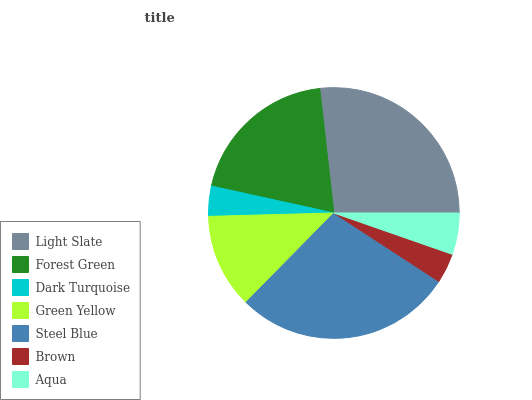
| Light Slate | Forest Green | Dark Turquoise | Green Yellow | Steel Blue | Brown | Aqua |
 | --- | --- | --- | --- | --- | --- | --- |
 | 26.8% | 19.8% | 3.87% | 12.2% | 28.2% | 3.85% | 5.35% |